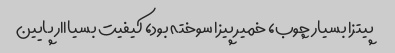
پیتزا بسیار چوب، خمیر پیزا سوخته بود، کیفیت بسیااار پایین